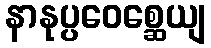
နာနုပ္ပဝေစ္ဆေယျ